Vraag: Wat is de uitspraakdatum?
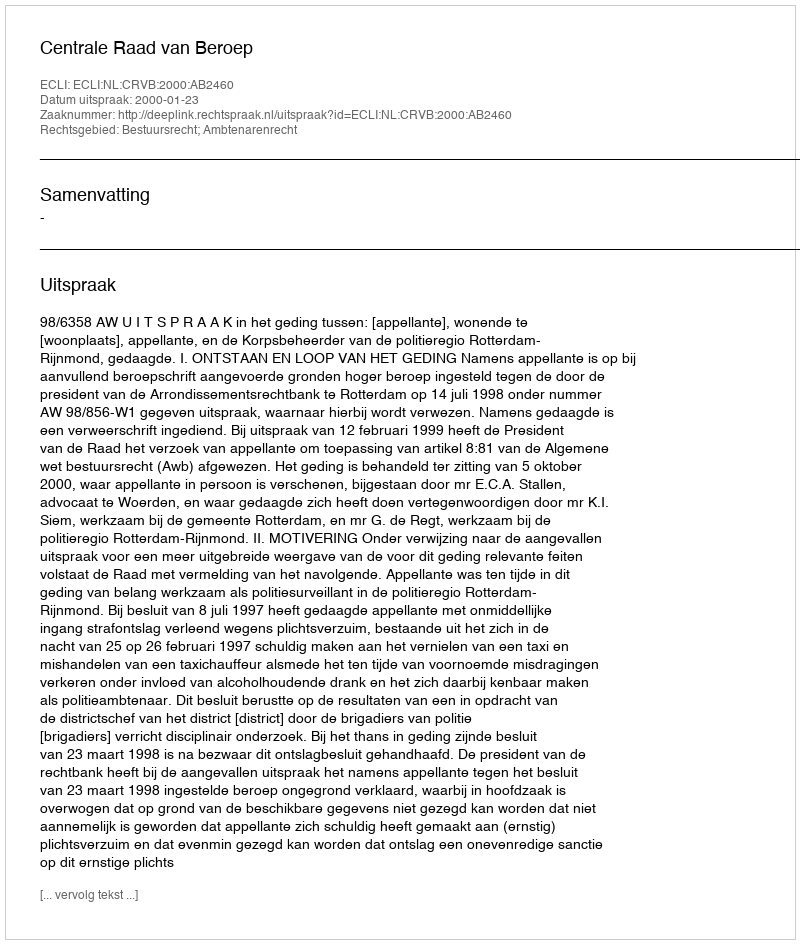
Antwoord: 2000-01-23